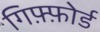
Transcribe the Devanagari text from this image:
गिफ़्फ़ोर्ड